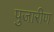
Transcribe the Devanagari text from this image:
पुजारीण